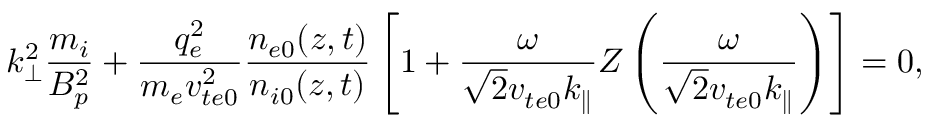
k _ { \perp } ^ { 2 } \frac { m _ { i } } { B _ { p } ^ { 2 } } + \frac { q _ { e } ^ { 2 } } { m _ { e } v _ { t e 0 } ^ { 2 } } \frac { n _ { e 0 } ( z , t ) } { n _ { i 0 } ( z , t ) } \left[ 1 + \frac { \omega } { \sqrt { 2 } v _ { t e 0 } k _ { \parallel } } Z \left( \frac { \omega } { \sqrt { 2 } v _ { t e 0 } k _ { \parallel } } \right) \right] = 0 ,